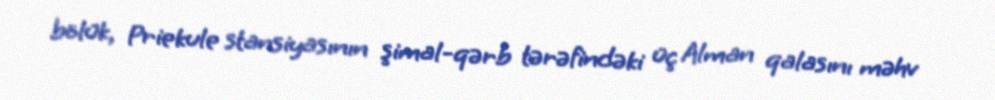
bölük, Priekule stansiyasının şimal-qərb tərəfindəki üç Alman qalasını məhv